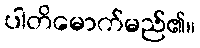
ပါတိမောက်မည်၏။